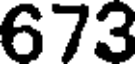
673